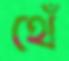
থেঁ